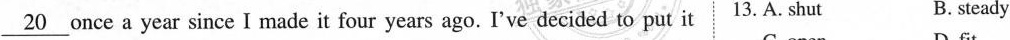
\underline{20} once a year since I made it four years ago. I've decided to put it 13. A. Shut B. steady